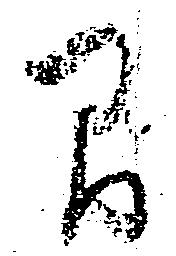
間